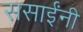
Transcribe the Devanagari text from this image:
ससाईंनी